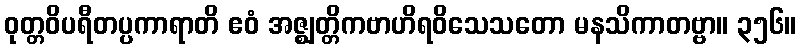
ဝုတ္တဝိပရီတပ္ပကာရာတိ ဧဝံ အဇ္ဈတ္တိကဗာဟိရဝိသေသတော မနသိကာတဗ္ဗာ။ ၃၅၆။